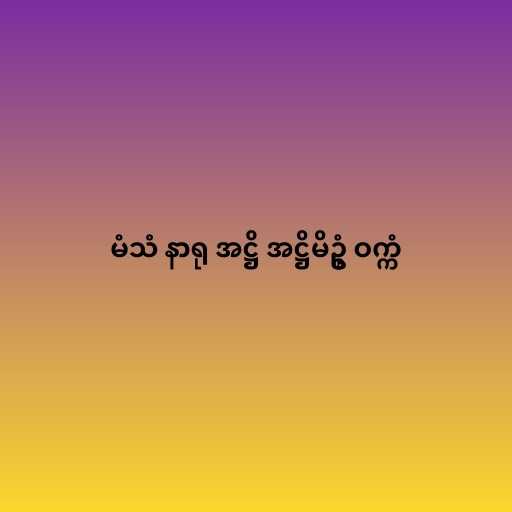
မံသံ နာရု အဋ္ဌိ အဋ္ဌိမိဥ္စံ ဝက္ကံ